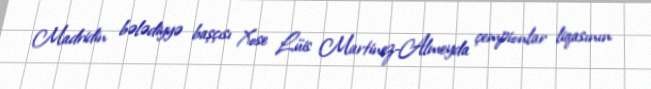
Madridin bələdiyyə başçısı Xose Lüis Martinez-Almeyda çempionlar liqasının